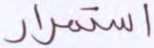
استمرار